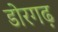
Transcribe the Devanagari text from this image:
डोरगढ़